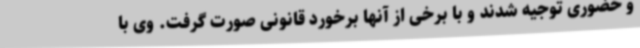
و حضوری توجیه شدند و با برخی از آنها برخورد قانونی صورت گرفت. وی با